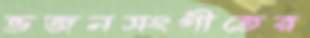
ভজনসংগীতের